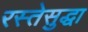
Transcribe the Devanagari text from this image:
रस्तेसुद्धा